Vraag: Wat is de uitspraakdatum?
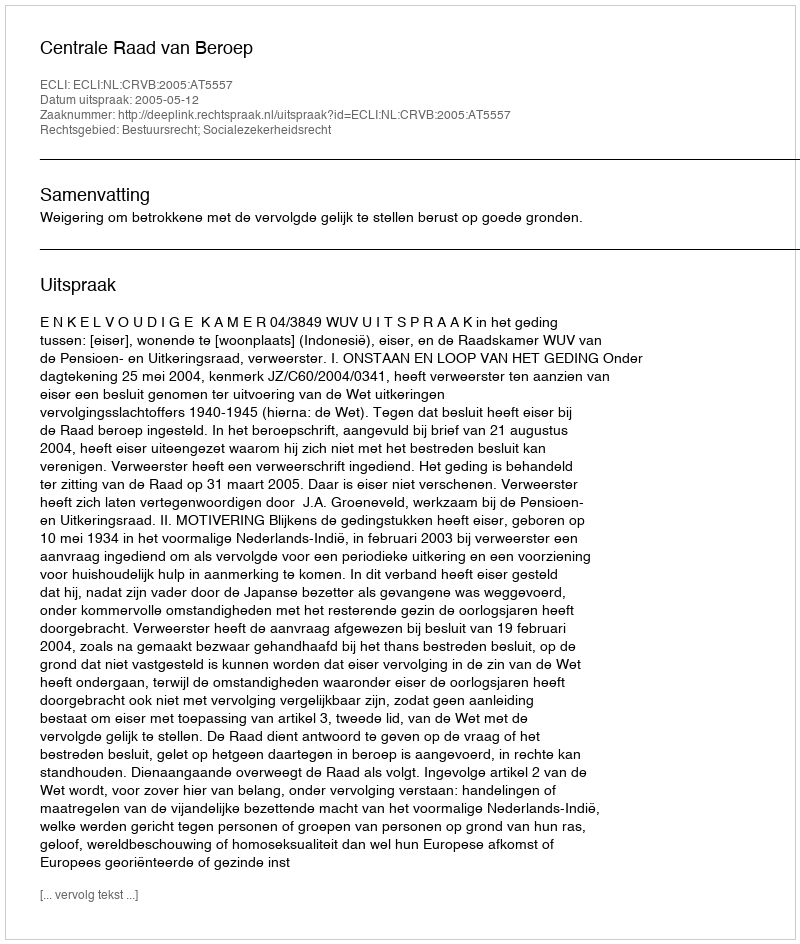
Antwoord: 2005-05-12